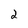
Character: 2